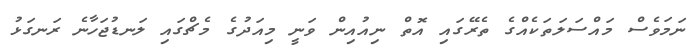
ނަމަވެސް މައްސަލަތަކެއްގެ ތެރޭގައި އޮތް ނިއުއިން ވަނީ މިއަދުގެ މެޗްގައި ލަނޑުޖަހާނެ ރަނގަޅު